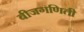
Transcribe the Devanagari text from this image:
बीजगणिती